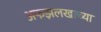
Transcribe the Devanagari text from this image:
अफझलखाच्या